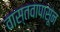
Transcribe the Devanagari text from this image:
वास्तवापासून